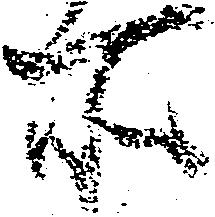
所